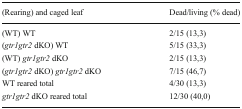
| (Rearing) and caged leaf | Dead/living (% dead) |
 | --- | --- |
 | (WT) WT | 2/15 (13,3) |
 | (gtr1gtr2 dKO) WT | 5/15 (33,3) |
 | (WT) gtr1gtr2 dKO | 2/15 (13,3) |
 | (gtr1gtr2 dKO) gtr1gtr2 dKO | 7/15 (46,7) |
 | WT reared total | 4/30 (13,3) |
 | gtr1gtr2 dKO reared total | 12/30 (40,0) |